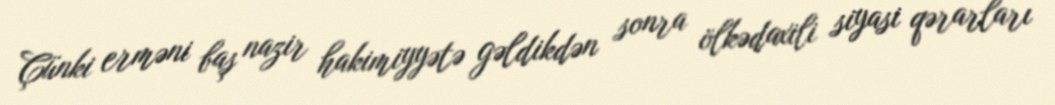
Çünki erməni baş nazir hakimiyyətə gəldikdən sonra ölkədaxili siyasi qərarları